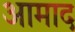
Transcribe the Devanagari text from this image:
आमाद